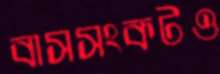
বাসসংকটও